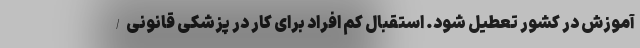
آموزش در کشور تعطیل شود. استقبال کم افراد برای کار در پزشکی قانونی/